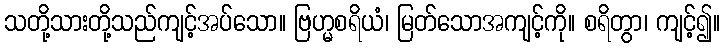
သတို့သားတို့သည်ကျင့်အပ်သော။ ဗြဟ္မစရိယံ၊ မြတ်သောအကျင့်ကို။ စရိတွာ၊ ကျင့်၍။